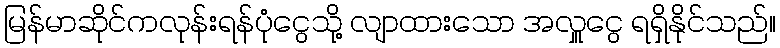
မြန်မာဆိုင်ကလုန်းရန်ပုံငွေသို့ လျာထားသော အလှူငွေ ရရှိနိုင်သည်။